Civil Veterinary Department. United Provinces 1932-42 - 1932-1942
Year: 1932
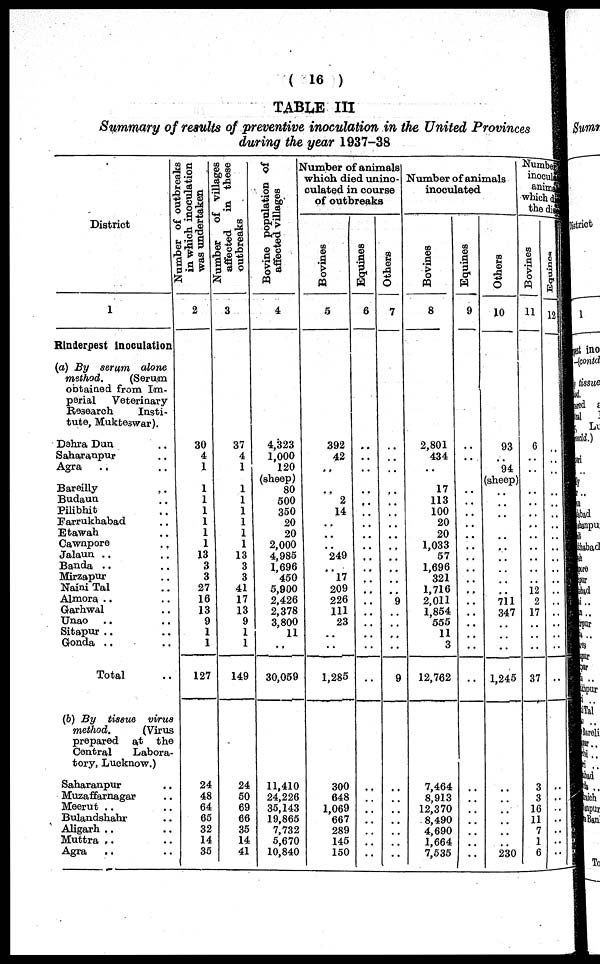
(16)
TABLE III
Summary of results of preventive inoculation in the United Provinces
during the year 1937-38
District
1
Rinderpest inoculation
(a) By serum alone
method.
(Serum
obtained from Im-
perial
Veterinary
Research
Insti-
tute, Mukteswar).
Dahra Dan ..
Saharanpur ..
Agra .. ..
Bareilly ..
Budaun ..
Pilibhit ..
Farrukhabad ..
Etawah ..
Cawnpore ..
Jalaun .. ..
Banda .. ..
Mirzapur ..
Naini Tal ..
Almora .. ..
Garhwal ..
Unao .. ..
Sitapur .. ..
Gonda .. ..
Total ..
(6) By tissue virus
method.
(Virus
prepared at the
Central
Labora-
tory, Lucknow.)
Saharanpur ..
Muzaffarnagar ..
Meerut .. ..
Bulandshahr .. ..
Aligarh .. ..
Muttra .. ..
Agra
.. ..
Number of outbreaks
in which inoculation
was undertaken
2
30
4
1
1
1
1
1
1
1
13
3
3
27
16
13
9
1
1
127
24
48
64
65
32
14
35
Number
of villages
affected
in these
outbreaks
3
37
4
1
1
1
1
1
1
1
13
3
3
41
17
13
9
1
1
149
24
50
69
66
35
14
41
Bovine population of
affected villages
4
4,323
1,000
120
(sheep)
80
500
350
20
20
2,000
4,985
1,696
450
5,900
2,426
2,378
3,800
11
..
30,059
11,410
24,226
35,143
19,865
7,732
5,670
10,840
Number of animals
which died unino-
culated in course
of outbreaks
Bovines
5
392
42
..
..
2
14
..
..
..
249
..
17
209
226
111
23
..
..
1,285
300
648
1,069
667
289
145
150
Equines
6
..
..
..
..
..
..
..
..
..
..
..
..
..
..
..
..
..
..
..
..
..
..
..
..
..
Others
7
..
..
..
..
..
..
..
..
..
..
..
..
..
9
..
..
..
..
9
..
..
..
..
..
..
..
Number of animals
inoculated
Bovines
8
2,801
434
..
17
113
100
20
20
1,033
57
1,696
321
1,716
2,011
1,854
555
11
3
12,762
7,464
8,913
12,370
8,490
4,690
1,664
7,535
Equines
9
..
..
..
..
..
..
..
..
..
..
..
..
..
..
..
..
..
..
..
..
..
..
..
..
..
Others
10
93
..
94
(sheep)
..
..
..
..
..
..
..
..
..
..
711
347
..
..
..
1,245
..
..
..
..
..
..
230
Number
inocul
anim
which d
the di
Bovines
11
6
..
..
..
..
..
..
..
..
..
..
12
2
17
..
..
..
37
3
3
16
11
7
1
6
Equines
12
..
..
..
..
..
..
..
..
..
..
..
..
..
..
..
..
..
..
..
..
..
..
..
..
..